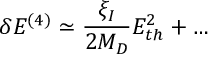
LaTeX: \delta E ^ { ( 4 ) } \simeq \frac { \xi _ { I } } { 2 M _ { D } } E _ { t h } ^ { 2 } + \dots